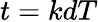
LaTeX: t=kdT